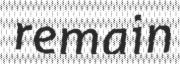
remain